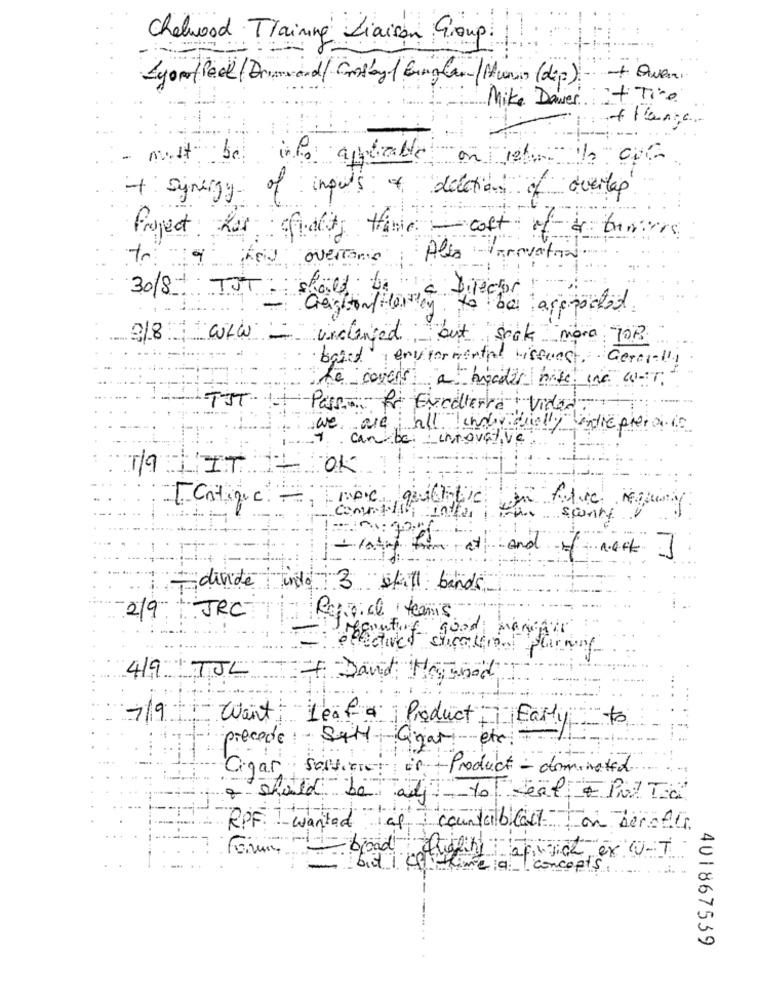
Chelwood Training Liaison Group.
Mike Dawes It Tire
info applicable
+ Synergy-
of impots of delations of overlap
Project has fidelity Hame - cost of a tamers
to:
overtance
Also gravation
30/8+ TJT:
should be
a director
Gregitin/Hartley to be areported
2/8 WLW -
unchanged, but snok mora TOB
based environmental tissuest.
Generally
the covers a header nite ine WIT
TIT. 1.
Pass. fr Excelerre !!
a vidadi
we are all individually entrepiera in
can be: : innovative
TILIT.
OK
[Critique,
Comme
Intha
sconto
at and of next J
- divide indo 3 skill bands
Reggial teamis
2/9 | JRC
goutof good manger
419 TJL
Sand Hamnod
7/9
Went: Leaf a Product Early to
precede- Salt Grati etc.
Cigar sortiert in - Product - dominated
& should be aly to eat o Pul Ta
RPF: wanted op countableit on benchis
- broad higline africe ex
chicchime a concepts . V.T.
401867539